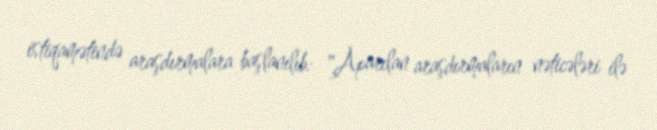
istiqamətində araşdırmalara başlanılıb: "Aparılan araşdırmaların nəticələri ilə